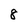
Character: 8